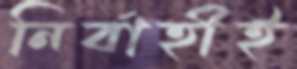
নির্বাহীই